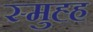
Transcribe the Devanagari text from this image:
स्मुह्ह